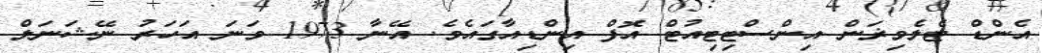
އެންޑް ޓެލެވިޜަން އިންސްޓިޓިއުޓް އޮފް އިންޑިއާގައެވެ. އޭނާ 1973 ވަނަ އަހަރު ނޭޝަނަލް